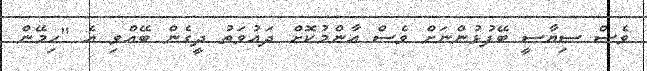
ވެސް ސިޔާސީ ބޭފުޅުންނަށް ވެސް އާންމުކޮށް ދައުވަތު ދީގެން ބޭއްވި އެ "ހިމޭން